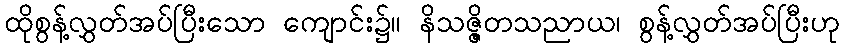
ထိုစွန့်လွှတ်အပ်ပြီးသော ကျောင်း၌။ နိသဇ္ဇိတသညာယ၊ စွန့်လွှတ်အပ်ပြီးဟု